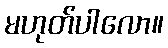
မဟုတ်ပါလော။